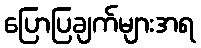
ပြောပြချက်များအရ